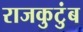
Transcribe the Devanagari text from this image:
राजकुटुंब